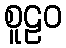
စူဠဝ